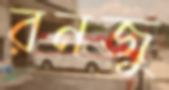
রনজু